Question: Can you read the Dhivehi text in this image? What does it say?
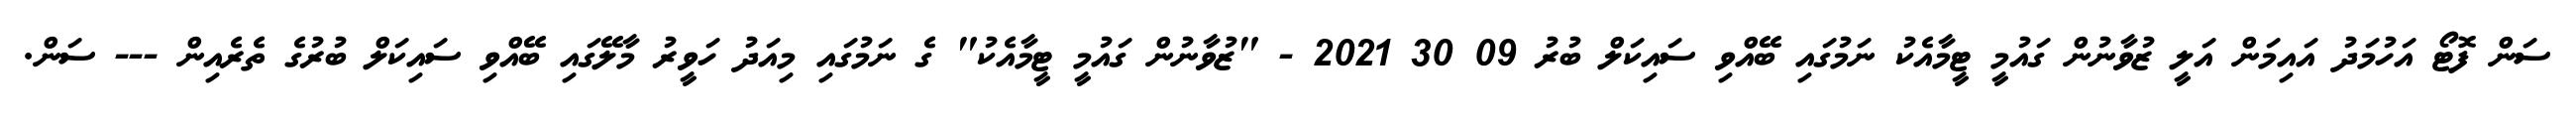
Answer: ސަން ފޮޓޯ އަހުމަދު އައިމަން އަލީ ޒުވާނުން ގައުމީ ޓީމާއެކު ނަމުގައި ބޭއްވި ސައިކަލް ބުރު 09 30 2021 - "ޒުވާނުން ގައުމީ ޓީމާއެކު" ގެ ނަމުގައި މިއަދު ހަވީރު މާލޭގައި ބޭއްވި ސައިކަލް ބުރުގެ ތެރެއިން --- ސަން.